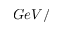
G e V /